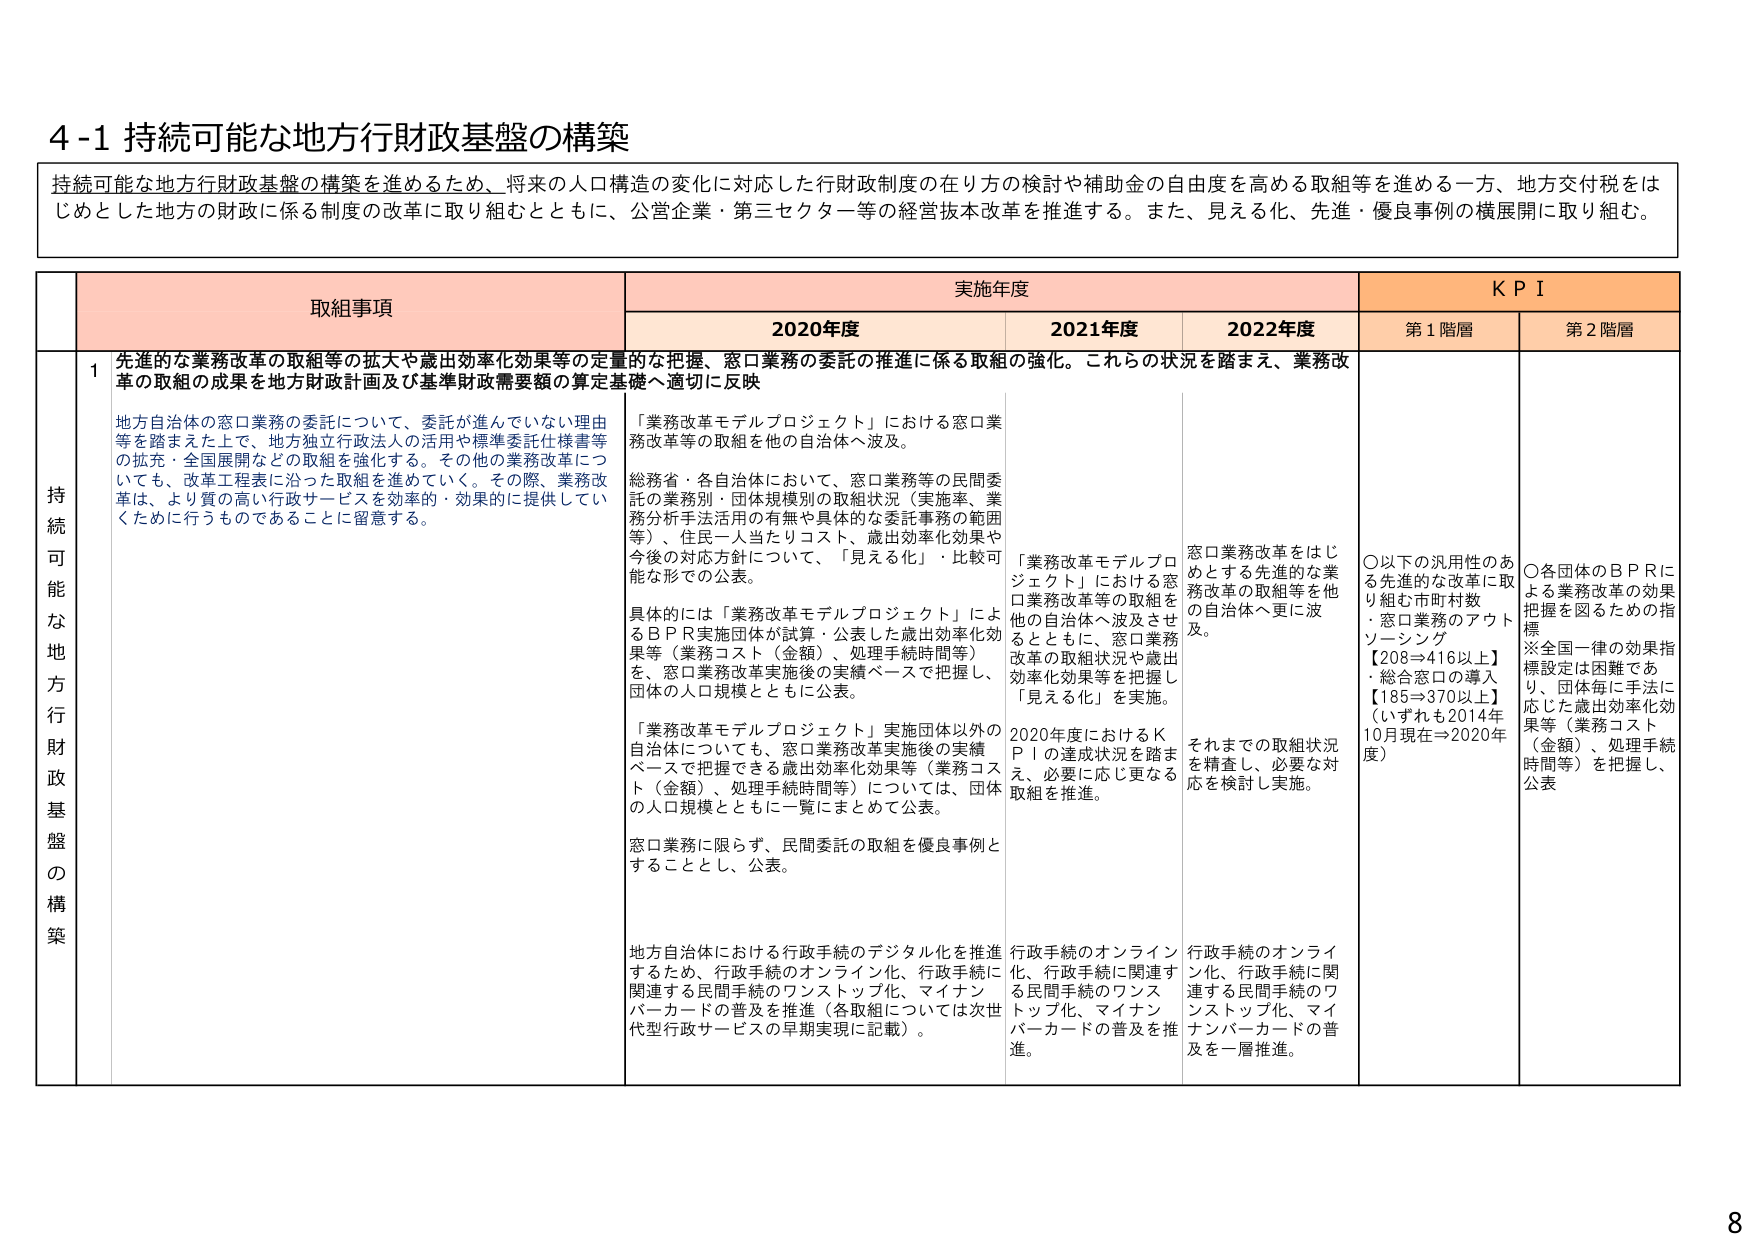
4-1 持続可能な地方行財政基盤の構築

持続可能な地方行財政基盤の構築を進めるため、将来の人口構造の変化に対応した行財政制度の在り方の検討や補助金の自由度を高める取組等を進める一方、地方交付税をはじめとした地方の財政に係る制度の改革に取り組むとともに、公営企業・第三セクター等の経営基本改革を推進する。また、見える化、先進・優良事例の横展開に取り組む。

取組事項 実施年度 KPI
2020年度 2021年度 2022年度 第1階層 第2階層

持続可能な地方行財政基盤の構築 1 先進的な業務改革の取組等の拡大や歳出効率化効果等の定量的な把握、窓口業務の委託の推進に係る取組の強化。これらの状況を踏まえ、業務改革の取組の成果を地方財政計画及び基準財政需要額の算定基礎へ適切に反映

地方自治体の窓口業務の委託について、委託が進んでいない理由等を踏まえた上で、地方独立行政法人の活用や標準委託仕様書等の拡充・全国展開などの取組を強化する。その他の業務改革についても、改革工程表に沿った取組を進めていく。その際、業務改革は、より質の高い行政サービスを効率的・効果的に提供していくために行うものであることに留意する。

「業務改革モデルプロジェクト」における窓口業務改革等の取組を他の自治体へ波及。

総務省・各自治体において、窓口業務等の民間委託の業務別・団体規模別の取組状況（実施率、業務分析手法活用の有無や具体的な委託事務の範囲等）、住民一人当たりコスト、歳出効率化効果や今後の対応方針について、「見える化」・比較可能な形での公表。

具体的には「業務改革モデルプロジェクト」によるBPR実施団体が試算・公表した歳出効率化効果等（業務コスト（金額）、処理手続時間等）を、窓口業務改革実施後の実績ベースで把握し、団体の人口規模とともに公表。

「業務改革モデルプロジェクト」実施団体以外の自治体についても、窓口業務改革実施後の実績ベースで把握できる歳出効率化効果等（業務コスト（金額）、処理手続時間等）については、団体の人口規模とともに一覧にまとめて公表。

窓口業務に限らず、民間委託の取組を優良事例とすることとし、公表。

地方自治体における行政手続のデジタル化を推進するため、行政手続のオンライン化、行政手続に関連する民間手続のワンストップ化、マイナンバーカードの普及を推進（各取組については次世代型行政サービスの早期実現に記載）。

「業務改革モデルプロジェクト」における窓口業務改革等の取組を他の自治体へ波及させるとともに、窓口業務改革の取組状況や歳出効率化効果等を把握し「見える化」を実施。

2020年度におけるKPIの達成状況を踏まえ、必要に応じ更なる取組を推進。

窓口業務改革をはじめとする先進的な業務改革の取組等を他の自治体へ更に波及。

それまでの取組状況を精査し、必要な対応を検討し実施。

行政手続のオンライン化、行政手続に関連する民間手続のワンストップ化、マイナンバーカードの普及を推進。

行政手続のオンライン化、行政手続に関連する民間手続のワンストップ化、マイナンバーカードの普及を一層推進。

〇以下の汎用性のある先進的な改革に取り組む市町村数・窓口業務のアウトソーシング【208⇒416以上】・総合窓口の導入【185⇒370以上】（いずれも2014年10月現在⇒2020年度）

〇各団体のBPRによる業務改革の効果把握を図るための指標※全国一律の効果指標設定は困難であり、団体毎に手法に応じた歳出効率化効果等（業務コスト（金額）、処理手続時間等）を把握し、公表

8